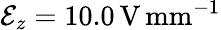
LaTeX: \mathcal{E}_{z}=10.0\, \mathrm{V}\, \mathrm{mm}^{-1}